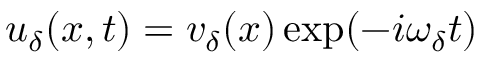
u _ { \delta } ( x , t ) = v _ { \delta } ( x ) \exp ( - i \omega _ { \delta } t )